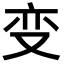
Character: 变